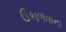
ઉકાળવાના